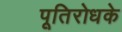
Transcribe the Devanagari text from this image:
पूतिरोधके